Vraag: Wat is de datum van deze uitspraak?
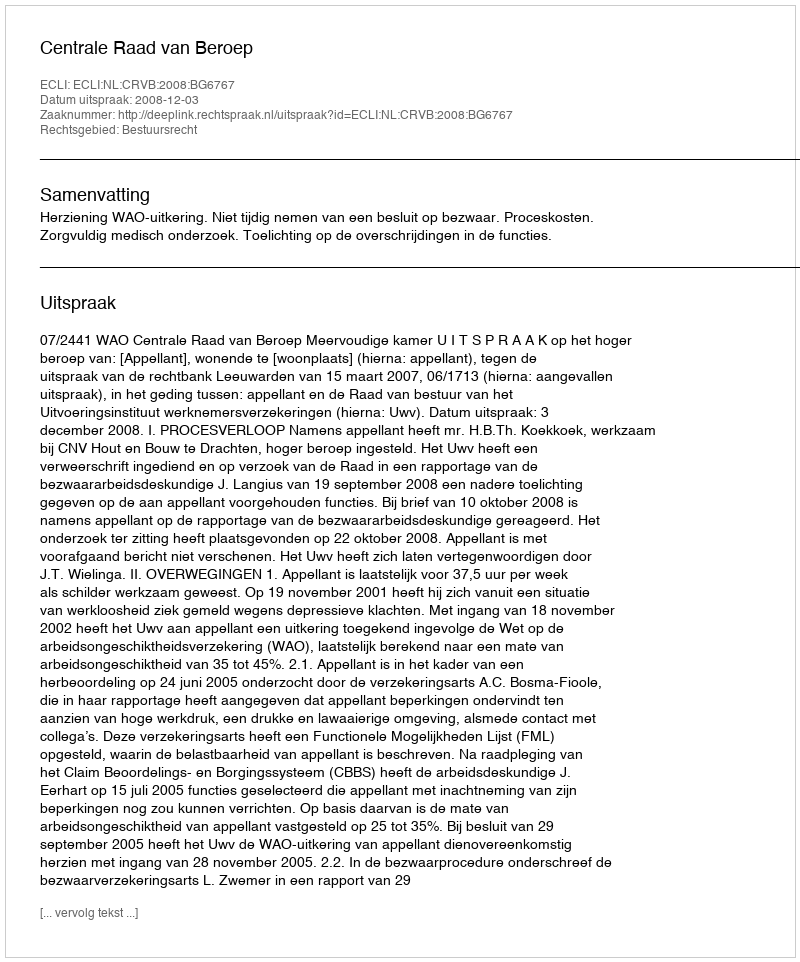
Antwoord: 2008-12-03